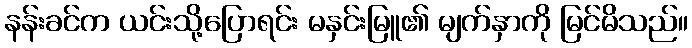
နန်းခင်က ယင်းသို့ပြောရင်း မနှင်းမြူ၏ မျက်နှာကို မြင်မိသည်။